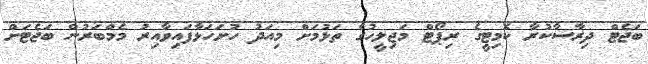
ބަޖެޓް ދިރާސާކުރާ ކޮމިޓީގެ ރިޕޯޓް މަޖިލީހުގެ ތަޅުމަށް މިއަދު ހުށަހަޅާފައިވާއިރު މެމްބަރުން ބަޖެޓަށް